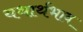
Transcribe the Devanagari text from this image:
यथार्थभाव